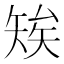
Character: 𥏖